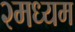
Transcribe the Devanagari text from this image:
२मध्यम